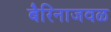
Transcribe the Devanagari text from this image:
बैरिनाजवळ